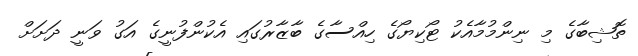
ތޮޝިބާގެ މި ނިންމުމާއެކު ޓޯކިޔޯގެ ހިއްސާގެ ބާޒާރުގައި އެކުންފުނީގެ އަގު ވަނީ ދަށަށް